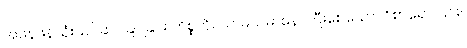
အဖန်ဖန်သုံးသပ်ဆင်ခြင်ခြင်း ကိစ္စကို။ သာဓယမာနော၊ ပြီးစေသော။ ဝိစာရော၊ ၎င်း။